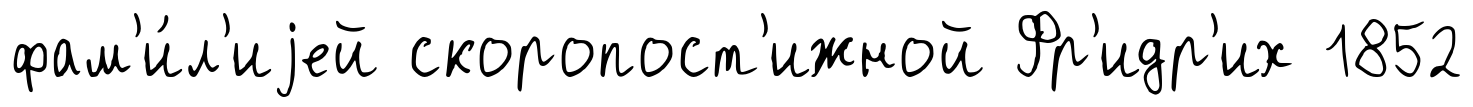
фам'и́л'иjей скоропост'ижной Фр'идр'их 1852